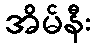
အိမ်နီး